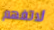
لاتفهم